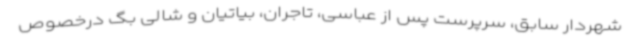
شهردار سابق، سرپرست پس از عباسی، تاجران، بیاتیان و شالی بگ درخصوص